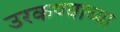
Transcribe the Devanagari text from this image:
उरकण्याच्या